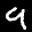
Label: 9